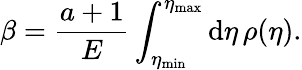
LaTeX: \beta=\frac{a+1}{E}\int_{\eta_{\mathrm{min}}}^{\eta_{\mathrm{max}}}\mathrm{d}\eta\, \rho(\eta).